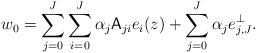
LaTeX: \begin{align*} w_0 = \sum_{j=0}^J \sum_{i=0}^J \alpha_j {\sf A}_{ji} e_i(z) + \sum_{j=0}^J \alpha_j e_{j,J}^\bot. \end{align*}